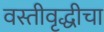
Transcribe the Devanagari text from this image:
वस्तीवृद्धीचा